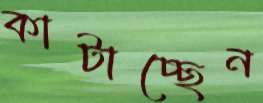
কাটাচ্ছেন